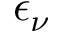
\epsilon _ { \nu }